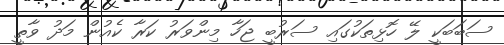
ސަބަބަކީ ލޭ ހޮޅިތަކުގައި ސަރުބީ ޖަހާ މިންވަރު ކަރާ ކެއުން މަދު ވާތީ